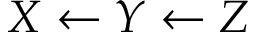
X \leftarrow Y \leftarrow Z